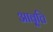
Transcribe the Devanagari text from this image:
आवृ्त्ति